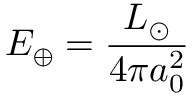
E _ { \oplus } = { \frac { L _ { \odot } } { 4 \pi a _ { 0 } ^ { 2 } } }